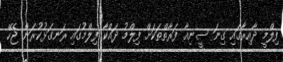
ފިލްމީ ދާއިރާގައި ގިނަ ސީނިއާ ފަރާތްތަކަަށް ފިލްމު ދައްކާ ފިލްމުގައި ރަނގަޅުކުރަން ޖެހޭ